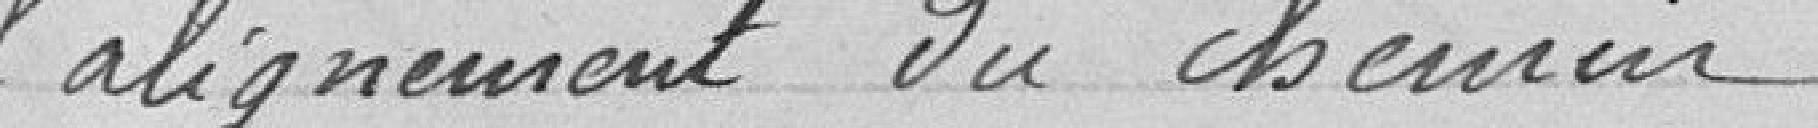
l'alignement du chemin